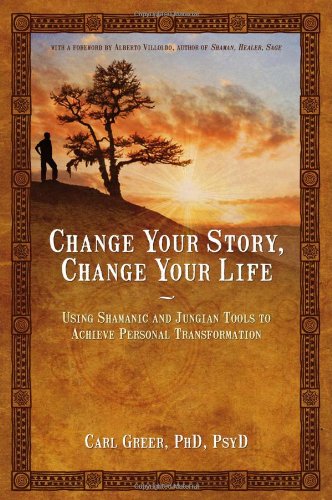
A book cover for Change Your Story, Change Your Life: Using Shamanic and Jungian Tools to Achieve Personal Transformation; Carl Greer; Medical Books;